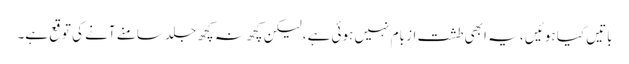
باتیں کیا ہوئیں ، یہ ابھی طشت از بام نہیں ہوئی ہے، لیکن کچھ نہ کچھ جلد سامنے آنے کی توقع ہے۔